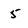
Character: 5